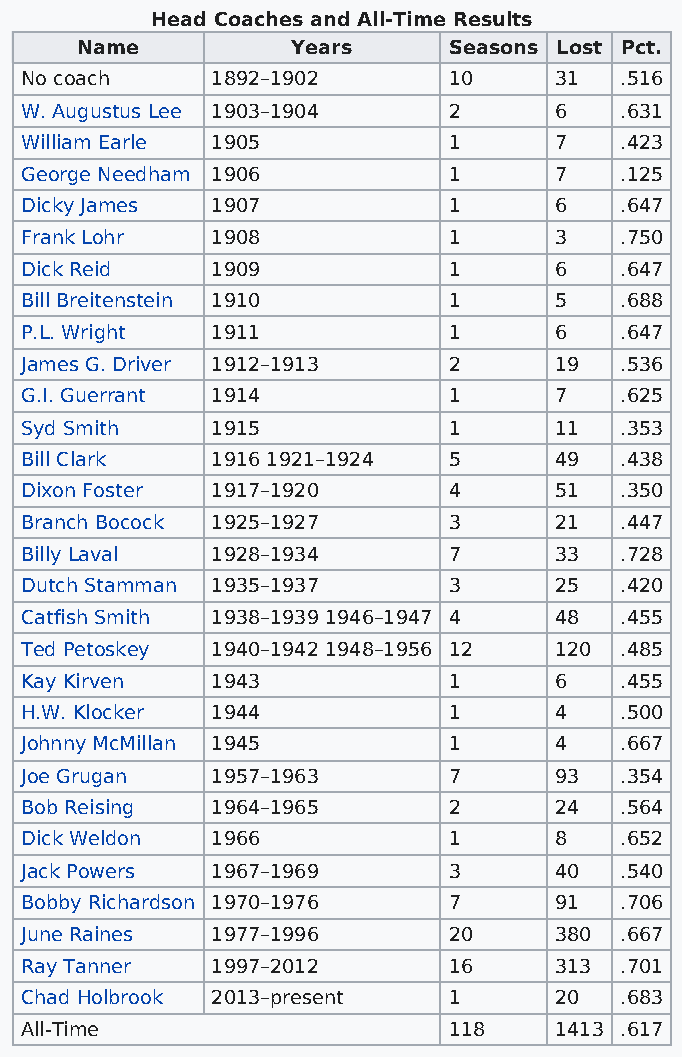
Head Coaches and All-Time Results
 Name          Years      Seasons Lost Pct.
 No coach     1892–1902       10     31  .516
 W. Augustus Lee 1903–1904    2      6   .631
 William Earle 1905           1      7   .423
 George Needham 1906          1      7   .125
 Dicky James  1907            1      6   .647
 Frank Lohr   1908            1      3   .750
 Dick Reid    1909            1      6   .647
 Bill Breitenstein 1910       1      5   .688
 P.L. Wright  1911            1      6   .647
 James G. Driver 1912–1913    2      19  .536
 G.I. Guerrant 1914           1      7   .625
 Syd Smith    1915            1      11  .353
 Bill Clark   1916 1921–1924  5      49  .438
 Dixon Foster 1917–1920       4      51  .350
 Branch Bocock 1925–1927      3      21  .447
 Billy Laval  1928–1934       7      33  .728
 Dutch Stamman 1935–1937      3      25  .420
 Catfish Smith 1938–1939 1946–1947 4 48  .455
 Ted Petoskey 1940–1942 1948–1956 12 120 .485
 Kay Kirven   1943            1      6   .455
 H.W. Klocker 1944            1      4   .500
 Johnny McMillan 1945         1      4   .667
 Joe Grugan   1957–1963       7      93  .354
 Bob Reising  1964–1965       2      24  .564
 Dick Weldon  1966            1      8   .652
 Jack Powers  1967–1969       3      40  .540
 Bobby Richardson 1970–1976   7      91  .706
 June Raines  1977–1996       20     380 .667
 Ray Tanner   1997–2012       16     313 .701
 Chad Holbrook 2013–present   1      20  .683
 All-Time                     118    1413 .617